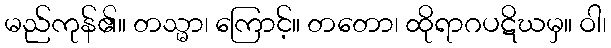
မည်ကုန်၏။ တသ္မာ၊ ကြောင့်။ တတော၊ ထိုရာဂပဋိဃမှ။ ဝါ၊